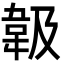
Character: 𩎕